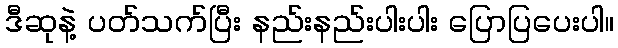
ဒီဆုနဲ့ ပတ်သက်ပြီး နည်းနည်းပါးပါး ပြောပြပေးပါ။